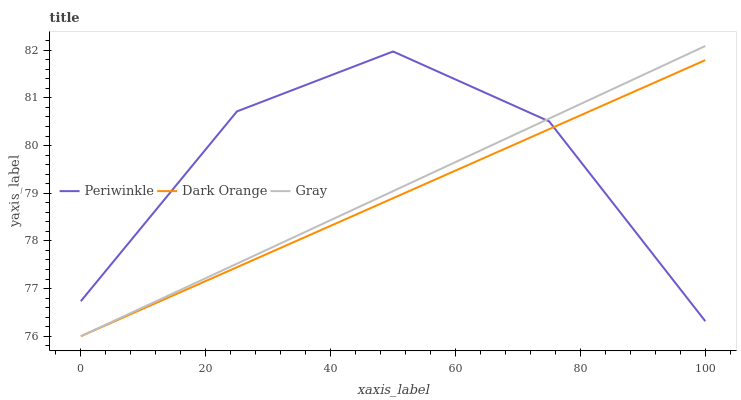
| xaxis_label | Periwinkle | Dark Orange | Gray |
 | --- | --- | --- | --- |
 | 0 | 76.7 | 76 | 76 |
 | 25 | 80.7 | 77.4 | 77.5 |
 | 50 | 82 | 78.9 | 79 |
 | 75 | 80.5 | 80.3 | 80.6 |
 | 100 | 76.3 | 81.8 | 82.1 |